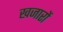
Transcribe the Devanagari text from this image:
खजारों